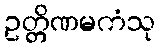
ဥတ္တိဏမကံသု